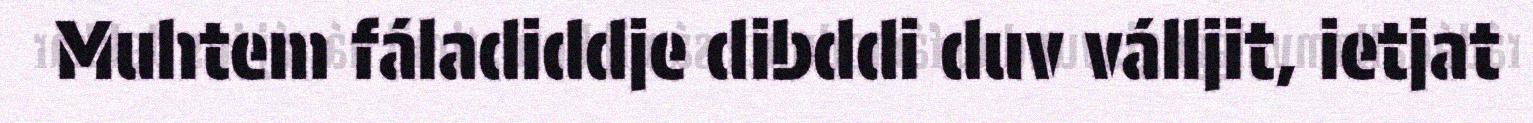
Muhtem fáladiddje dibddi duv válljit, ietjat